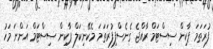
ފުރަތަމަ ޕާކިން ސިސްޓަމް ރާއްޖެ ގެނެސްފިފުރަތަމަ މެކޭނިކަލް ޕާކިން ސިސްޓަމް އަންނަ މަހު